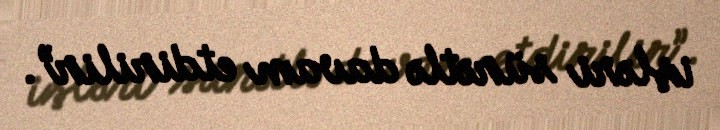
işləri sürətlə davam etdirilir”.